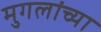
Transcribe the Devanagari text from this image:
मुगलांच्या